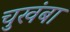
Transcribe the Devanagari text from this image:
चुखंबा